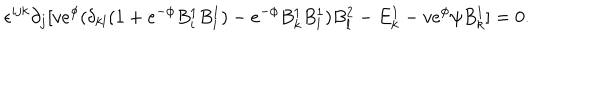
\epsilon ^ { i j k } \partial _ { j } [ v e ^ { \phi } ( \delta _ { k l } ( 1 + e ^ { - \phi } B _ { i } ^ { 1 } B _ { i } ^ { 1 } ) - e ^ { - \phi } B _ { k } ^ { 1 } B _ { l } ^ { 1 } ) B _ { l } ^ { 2 } - E _ { k } ^ { 1 } - v e ^ { \phi } \psi B _ { k } ^ { 1 } ] = 0 .